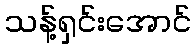
သန့်ရှင်းအောင်